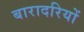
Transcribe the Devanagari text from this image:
बारादरियों